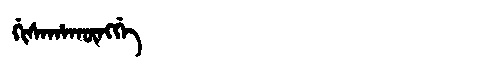
Manchu: ᡤᡳᠰᠠᡥᠠᡴᡡᠩᡤᡝ
Romanization: GISAHAKŪNGGE